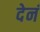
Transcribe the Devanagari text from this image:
देनं